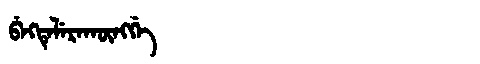
Manchu: ᠪᡝᡴᡨᡝᠯᡝᡵᠠᡴᡡᠩᡤᡝ
Romanization: BEKTELERAKŪNGGE